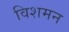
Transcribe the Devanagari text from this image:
विशमन